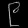
Digit: ၉